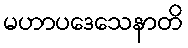
မဟာပဒေသေနာတိ